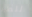
للطرد